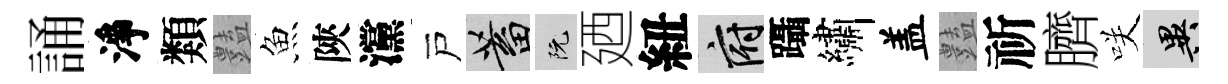
誦淨類𧰟魚陝灙戸蓄阮廼紐府躡繡盖𧰟祈臍咲异